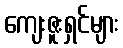
ကျေးဇူးရှင်များ